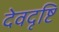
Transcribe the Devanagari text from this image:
देवदृष्टि